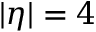
| \eta | = 4